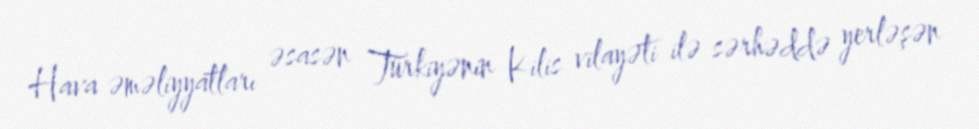
Hava əməliyyatları əsasən Türkiyənin Kilis vilayəti ilə sərhəddə yerləşən